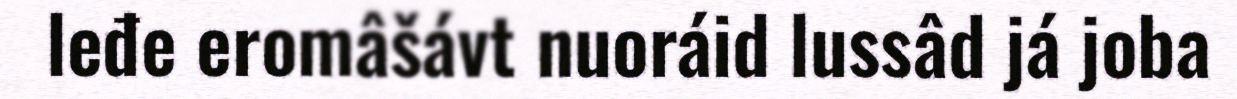
leđe eromâšávt nuoráid lussâd já joba